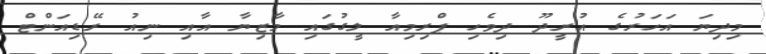
މިދިޔަ އަހަރުގެ އުރީދޫ ދިވެހި ޕްރިމިއާ ލީގުގައި މާޒިޔާ އާއި ނިއު ރޭޑިއަންޓް